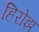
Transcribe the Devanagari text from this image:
हिरोझ